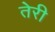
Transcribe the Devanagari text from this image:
तेेरी